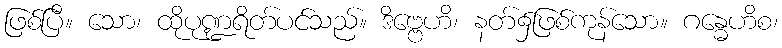
ဖြစ်ပြီ။ သော၊ ထိုပုဏ္ဍရိတ်ပင်သည်။ ဒိဗ္ဗေဟိ၊ နတ်၌ဖြစ်ကုန်သော။ ဂန္ဓေဟိစ၊